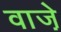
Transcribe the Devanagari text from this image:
वाजे़